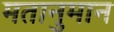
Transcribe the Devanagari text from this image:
मतानुमान